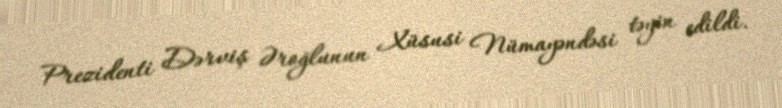
Prezidenti Dərviş Əroğlunun Xüsusi Nümayəndəsi təyin edildi.